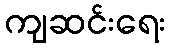
ကျဆင်းရေး